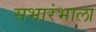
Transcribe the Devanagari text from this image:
सभारंभाला